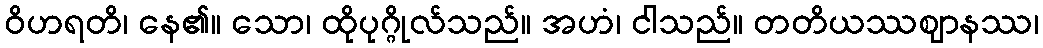
ဝိဟရတိ၊ နေ၏။ သော၊ ထိုပုဂ္ဂိုလ်သည်။ အဟံ၊ ငါသည်။ တတိယဿဈာနဿ၊